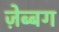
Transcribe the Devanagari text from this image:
ज़ेब्बग